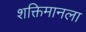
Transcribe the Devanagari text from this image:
शक्तिमानला